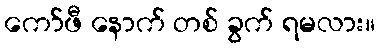
ကော်ဖီ နောက် တစ် ခွက် ရမလား။